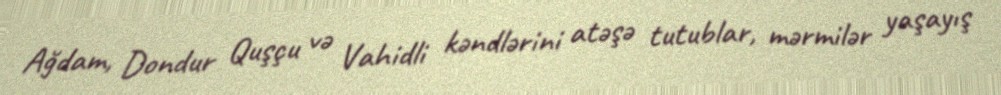
Ağdam, Dondur Quşçu və Vahidli kəndlərini atəşə tutublar, mərmilər yaşayış